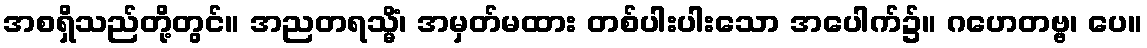
အစရှိသည်တို့တွင်။ အညတရသ္မိံ၊ အမှတ်မထား တစ်ပါးပါးသော အပေါက်၌။ ဂဟေတဗ္ဗ၊ ပေ။